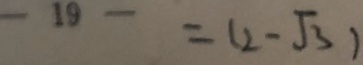
1 9 - = ( 2 - \sqrt { 3 } )